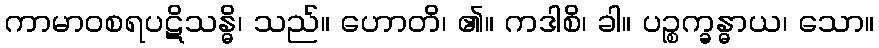
ကာမာဝစရပဋိသန္ဓိ၊ သည်။ ဟောတိ၊ ၏။ ကဒါစိ၊ ခါ။ ပဉ္စက္ခန္ဓာယ၊ သော။